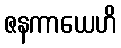
ဇနကာယေဟိ